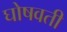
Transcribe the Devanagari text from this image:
घोषवती